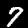
Label: 7